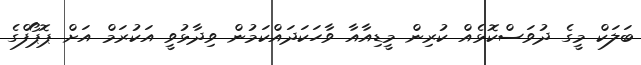
ބަލަކް މީގެ ދުވަސްކޮޅެއް ކުރިން މީޑިއާއާ ވާހަކަދައްކަމުން ވިދާޅުވީ އަކުރަމް އަށް ޕޮޕޯފްގެ